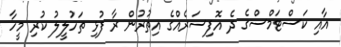
އާއި ކަސްޓަމްސްގެ ދެ އޮފިސަރެއްގެ އިތުރުން ރާ ފުޅި ތަހުލީލު ކުރި މީހާ